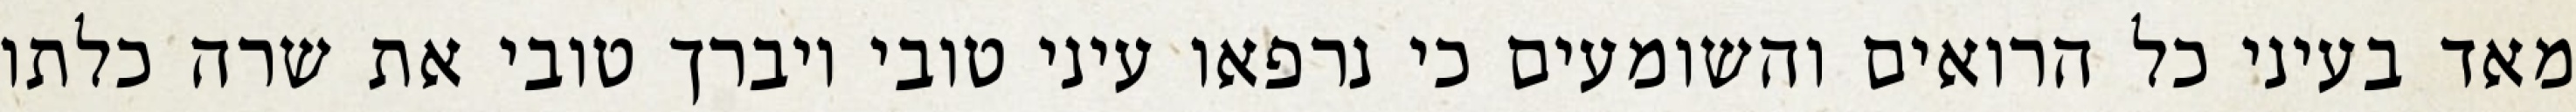
מאד בעיני כל הרואים והשומעים כי נרפאו עיני טובי ויברך טובי את שרה כלתו